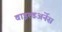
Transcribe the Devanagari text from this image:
वाइल्डअर्नेस